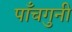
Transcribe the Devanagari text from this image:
पाँचगुनी